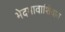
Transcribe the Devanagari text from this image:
भेदभावाशिवाय